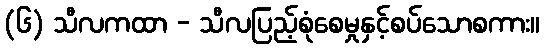
(၆) သီလကထာ - သီလပြည့်စုံစေမှုနှင့်စပ်သောစကား။